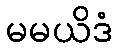
မမယိဒံ